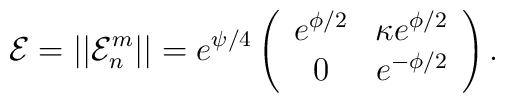
{\cal E} = ||{\cal E}^m_n|| = e^{\psi/4} \left(\begin{array}{cc}  e^{\phi/2} & \kappa e^{\phi/2} \\  0 & e^{-\phi/2} \end{array} \right).